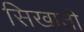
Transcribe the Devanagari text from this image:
सिखाती